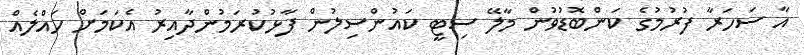
އާ ސަހަރާ ފުރުމުގެ ކަންބޮޑުވުން މާލޭ ސިޓީ ކައުންސިލުން ފާޅުކުރަމުންދާއިރު އެކަމަށް ހައްލެއް